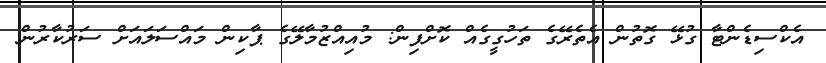
އެކްސިޑެންޓާ ގުޅޭ ގޮތުން އެތެރޭގެ ތަހުގީގެއް ކޮށްފިން: މުއިއްޒުމާލޭގެ ޕާކިން މައްސަލައަށް ސަރުކާރުން